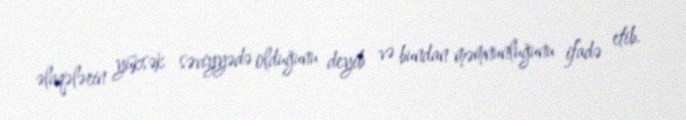
əlaqələrin yüksək səviyyədə olduğunu deyib və bundan məmnunluğunu ifadə etib.